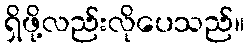
ရှိဖို့လည်းလိုပေသည်။